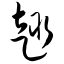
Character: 趣